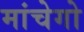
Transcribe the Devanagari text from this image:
मांचेगो